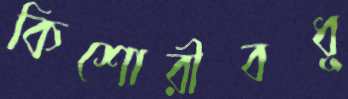
কিশোরীবধূ